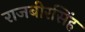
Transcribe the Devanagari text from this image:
राजबीरसिंह